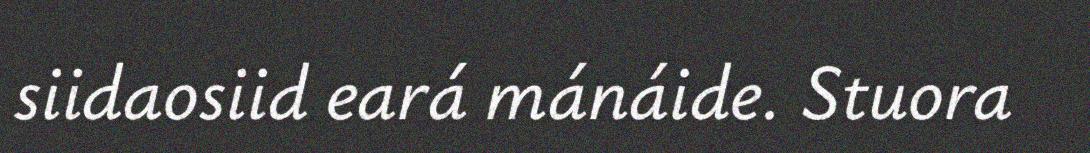
siidaosiid eará mánáide. Stuora